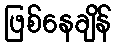
ဖြစ်နေချိန်